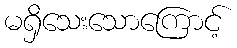
မရှိသေးသောကြောင့်